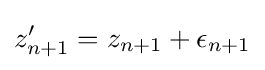
z'_{n+1}=z_{n+1}+\epsilon _{n+1}